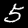
Label: 5